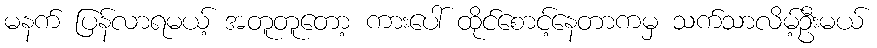
မနက် ပြန်လာရမယ့် အတူတူတော့ ကားပေါ် ထိုင်စောင့်နေတာကမှ သက်သာလိမ့်ဦးမယ်